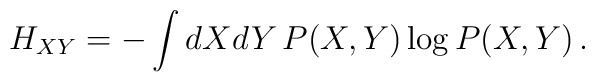
H_{XY} = - \int dX dY \, P(X,Y) \log P(X,Y)\,.